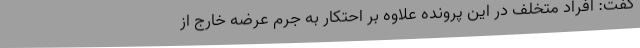
گفت: افراد متخلف در این پرونده علاوه بر احتکار به جرم عرضه خارج از